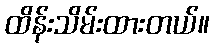
ထိန်းသိမ်းထားတယ်။